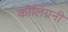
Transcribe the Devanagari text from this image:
कोलिग्रनी